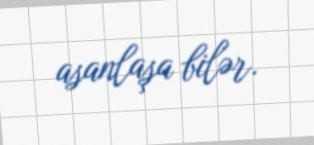
asanlaşa bilər.